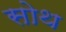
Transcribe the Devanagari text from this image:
सोथ